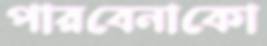
পারবেনাকো